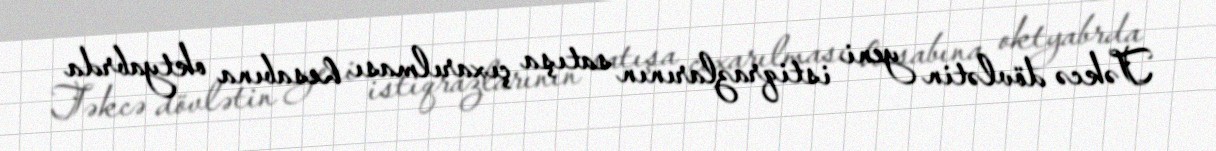
Təkcə dövlətin yeni istiqrazlarının satışa çıxarılması hesabına oktyabrda